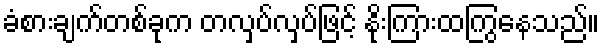
ခံစားချက်တစ်ခုက တလှပ်လှပ်ဖြင့် နိုးကြားထကြွနေသည်။